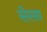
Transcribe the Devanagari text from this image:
सेरसा